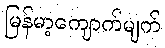
မြန်မာ့ကျောက်မျက်